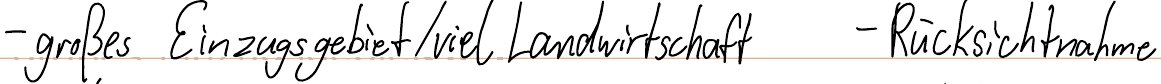
- großes Einzugsgebiet / viel Landwirtschaft    - Rücksichtnahme